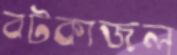
বটকাজল